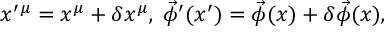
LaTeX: x ^ { \prime } { } ^ { \mu } = x ^ { \mu } + \delta x ^ { \mu } , \; \vec { \phi } ^ { \prime } ( x ^ { \prime } ) = \vec { \phi } ( x ) + \delta \vec { \phi } ( x ) ,